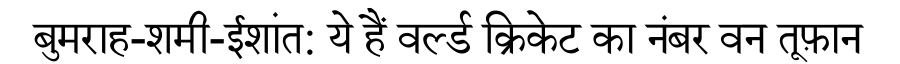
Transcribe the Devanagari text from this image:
बुमराह-शमी-ईशांत: ये हैं वर्ल्ड क्रिकेट का नंबर वन तूफ़ान